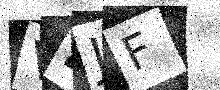
Text: V4JF